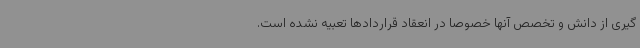
گیری از دانش و تخصص آنها خصوصا در انعقاد قراردادها تعبیه نشده است.